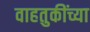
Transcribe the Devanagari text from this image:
वाहतुकींच्या